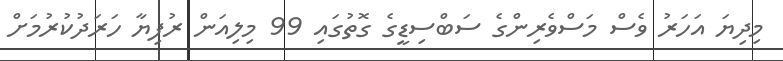
މިދިޔަ އަހަރު ވެސް މަސްވެރިންގެ ސަބްސިޑީގެ ގޮތުގައި 99 މިލިއަން ރުފިޔާ ހަރަދުކުރުމަށް